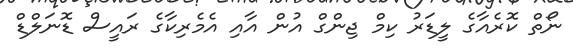
ނޯތް ކޮރެއާގެ ލީޑަރު ކިމް ޖިންގް އުން އާއި އެމެރިކާގެ ރައީސް ޑޮނަލްޑް